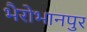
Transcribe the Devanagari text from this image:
भैरोभानपुर